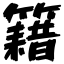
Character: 籍